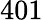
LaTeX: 401